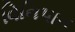
વિનિપાત